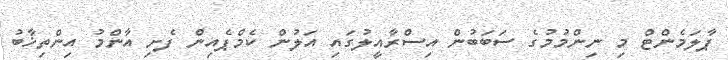
ޕާލަމެންޓް މި ނިންމުމުގެ ސަބަބުން އިސްރާއީލުގައި އަލުން ކެމްޕެއިން ފެށި އާންމު އިންތިޚާބު